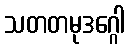
သတတမုဒဂ္ဂေါ